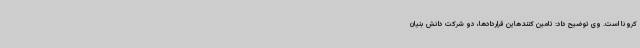
کرونا است. وی توضیح داد: تامین کنندهاین قراردادها، دو شرکت دانش بنیان